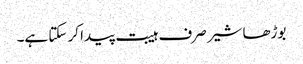
بوڑھا شیر صرف ہیبت پیدا کر سکتا ہے۔